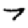
Digit: 7